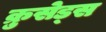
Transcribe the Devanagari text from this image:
क्रुसेड्स